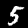
Digit: 5